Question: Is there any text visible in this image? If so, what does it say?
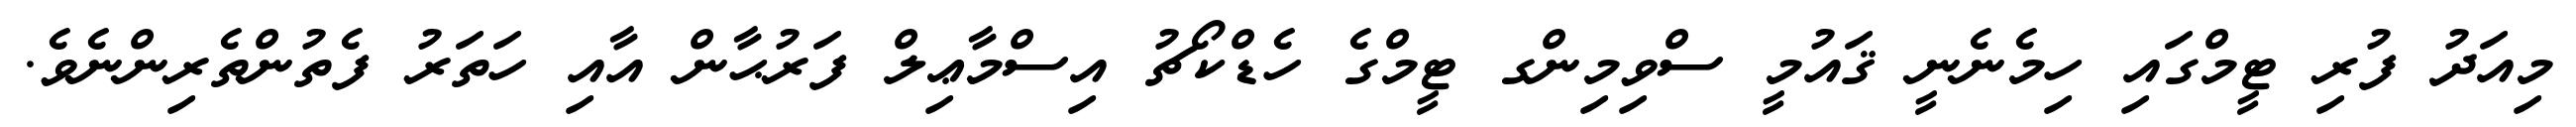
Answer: މިއަދު ފުރި ޓީމްގައި ހިމެނެނީ ޤައުމީ ސްވިމިންގ ޓީމްގެ ހެޑްކޯޗު އިސްމާޢިލް ފަރުޙާން އާއި ހަތަރު ފެތުންތެރިންނެވެ.